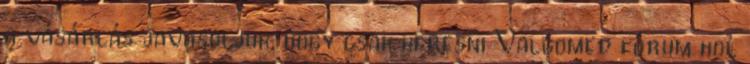
a vásárlás javasoljuk, hogy csak keresni Valgomed fórum hol